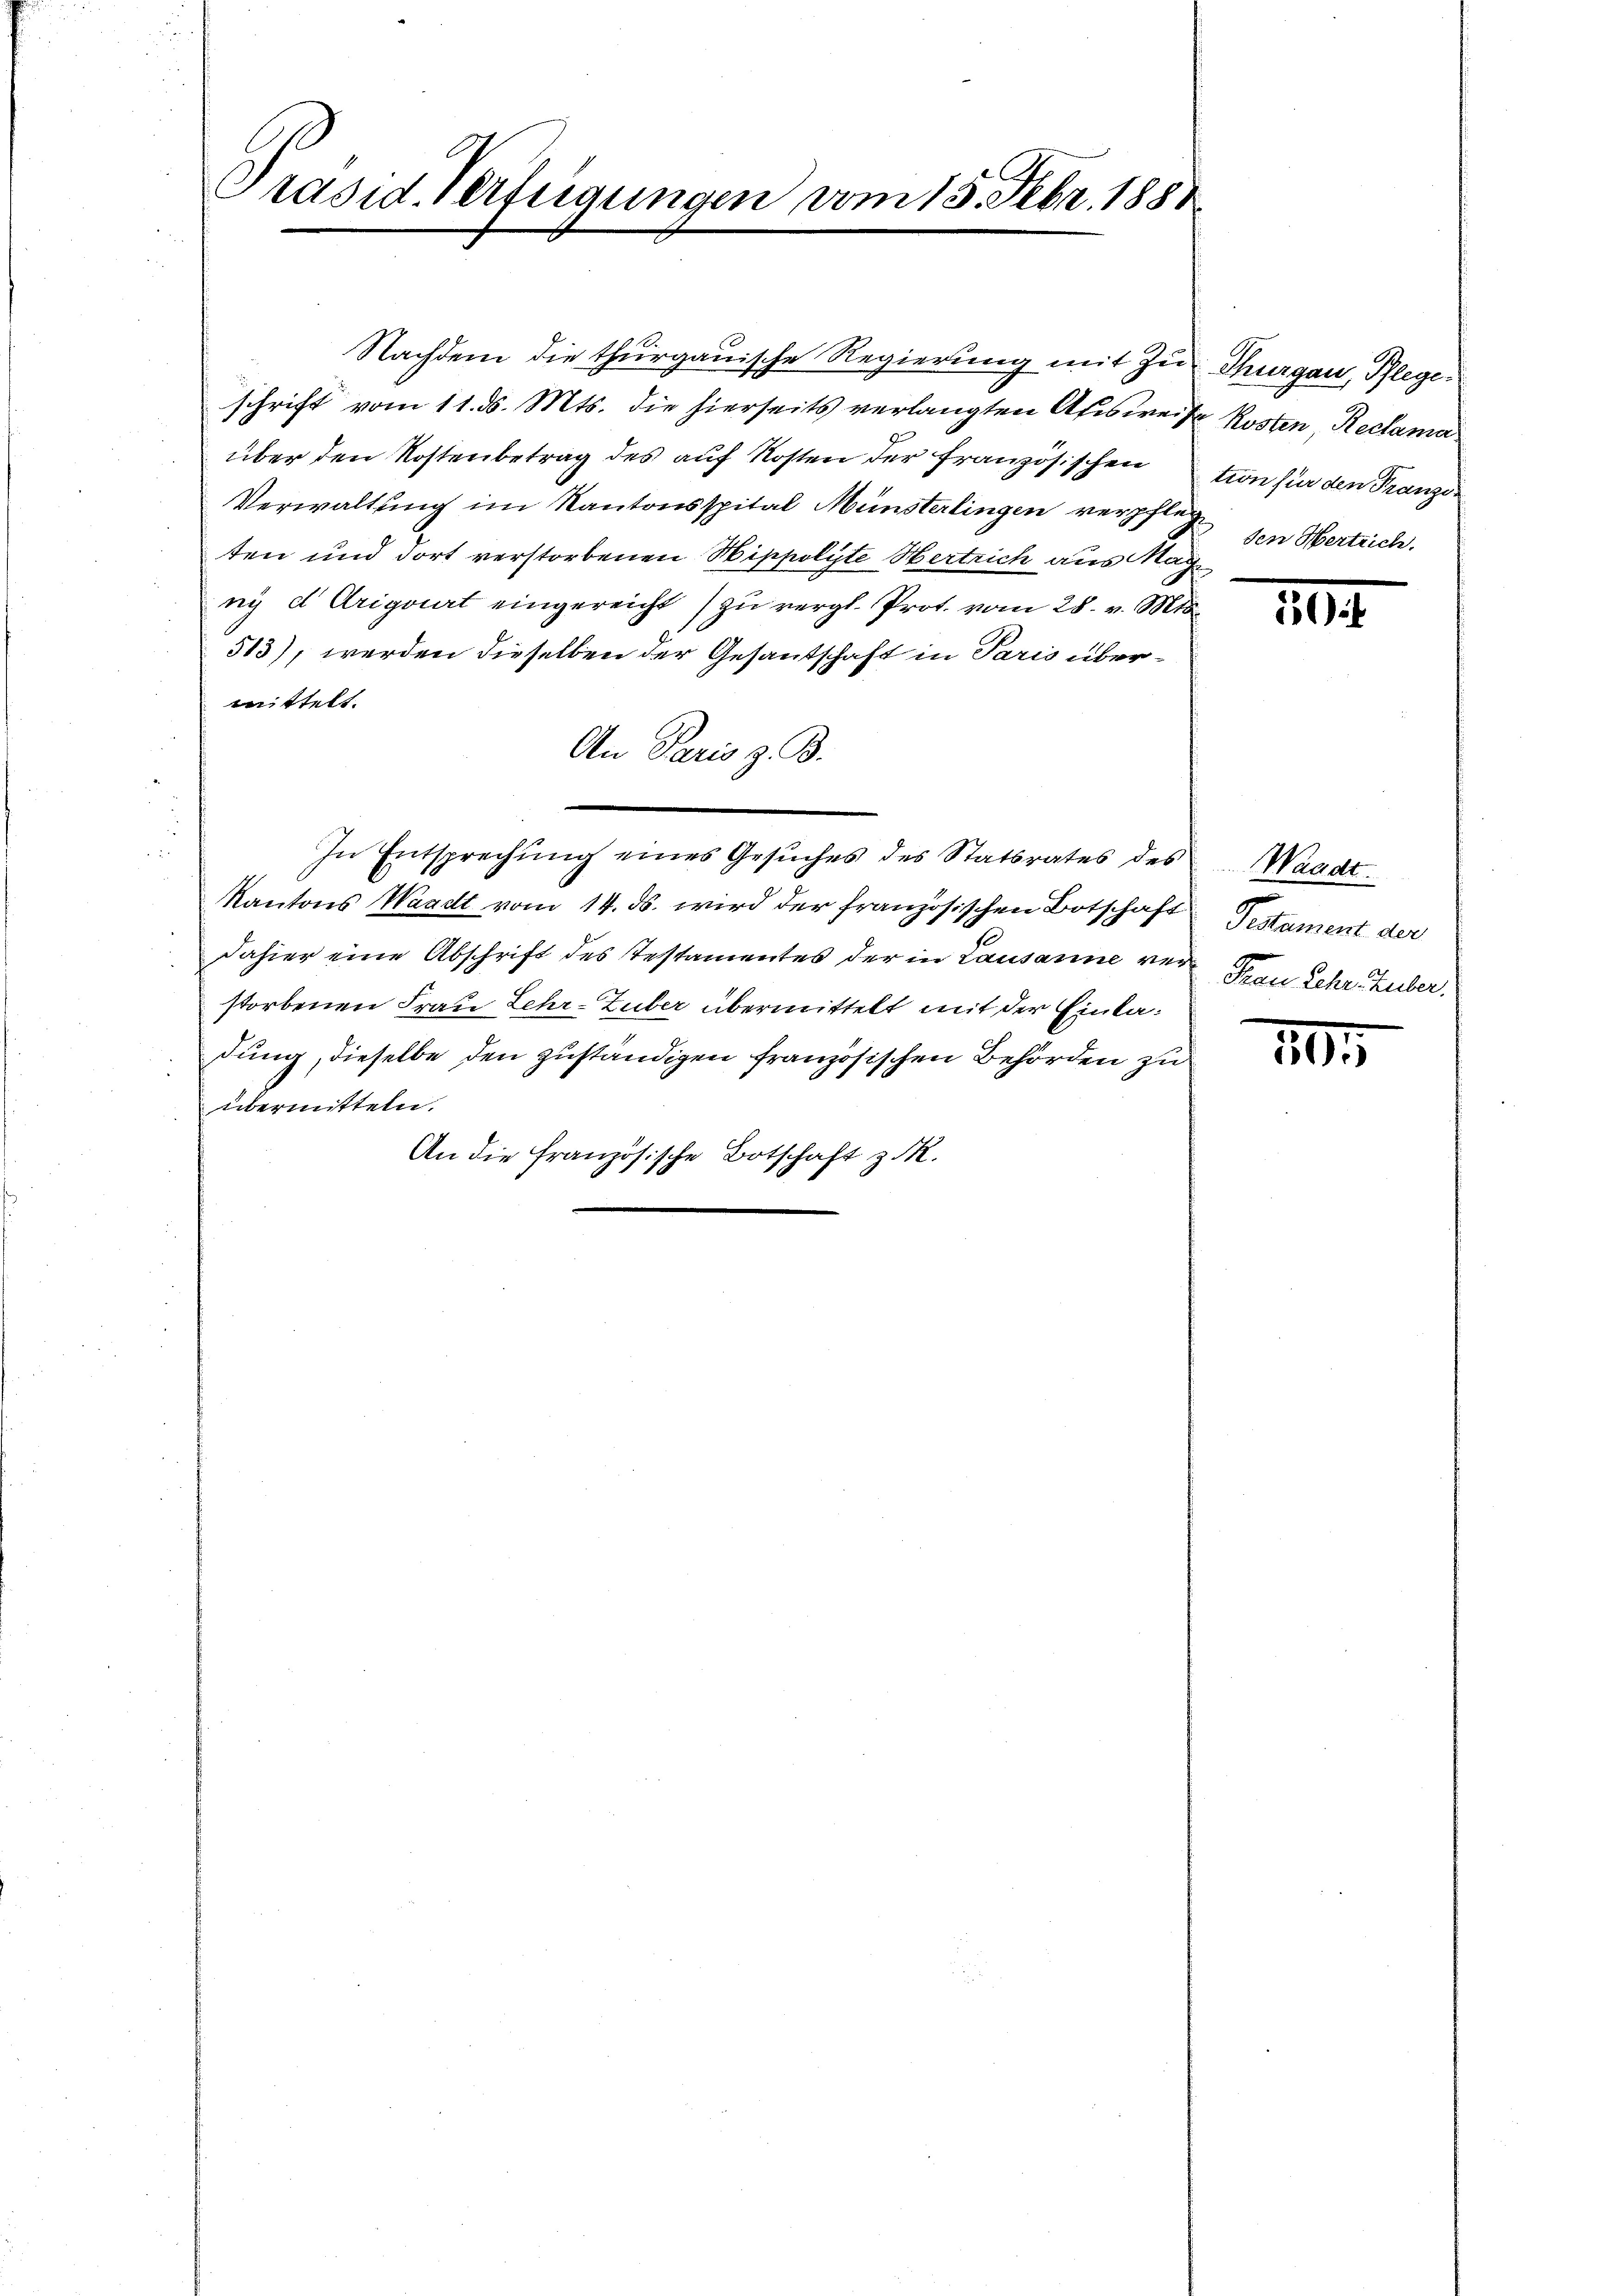
Präsid. Verfügungen vom 15. Febr. 1888

Nachdem die thurgauische Regierung mit zu Thurgau, Pflegeschrift vom 11. ds. Mts. die hierseits verlangten Ausweise
über den Kostenbetrag des auf Kosten der französischention für den Franzon
Verwaltung im Kantonsspital Münsterlingen verpflege den Hertlich.
ten und dort verstorbenen Hippolyte Wertrich aus Mächny d. Urigert eingereicht) zu vergl. Prot. vom 28. v. Mts.
513), werden dieselben der Gesantschaft in Paris übermittelt.
An Paris z. B.
In Entsprechung eines Gesuches des Statsrates des
Kantons Waadt vom 14. ds. wird der französischen Botschaft Testament der
dahier eine Abschrift des Testamentes der in Lausanne ver Frau Lehr Huber.
storbenen Frau Lehr-Zuber übermittelt mit der Einladung, dieselbe den zuständigen französischen Behörden zu
übermitteln.
An die französische Botschaft z. R.

Kosten, Reclama

10

Waadt.

10